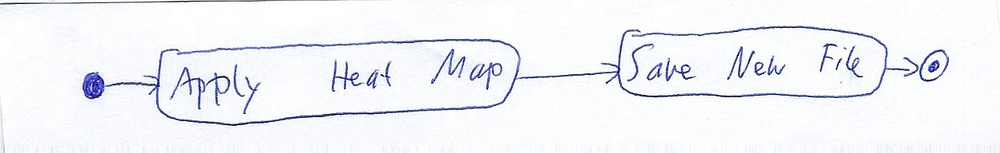
Diagram type: activity_diagram
```plantuml
@startuml

start
:Apply Heat Map;
:Save New File;
stop

@enduml
```